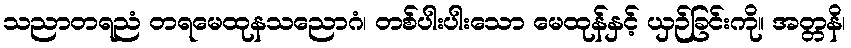
သညာတရညံ တရမေထုနသညောဂံ၊ တစ်ပါးပါးသော မေထုန်နှင့် ယှဉ်ခြင်းကို။ အတ္တနိ၊